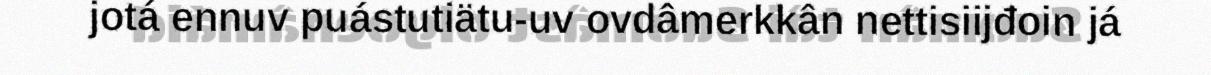
jotá ennuv puástutiätu-uv ovdâmerkkân nettisiijđoin já